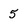
Character: 5